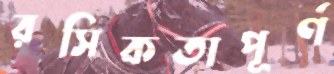
রসিকতাপূর্ণ